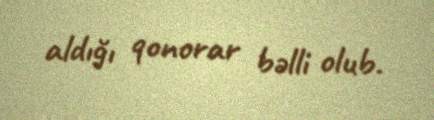
aldığı qonorar bəlli olub.